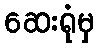
ဆေးရုံမှ